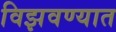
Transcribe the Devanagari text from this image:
विझवण्यात